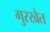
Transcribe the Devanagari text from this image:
गुरखेत